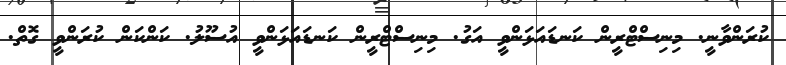
ކުރަންވާނީ. މިނިސްޓްރީން ކަނޑައަޅަންވީ އަގު. މިނިސްޓްރީން ކަނޑައަޅަންވީ އުސޫލު. ކަންކަން ކުރަންވީ ގޮތް.